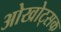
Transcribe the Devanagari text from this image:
ओखोट्सक